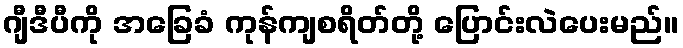
ဂျီဒီပီကို အခြေခံ ကုန်ကျစရိတ်တို့ ပြောင်းလဲပေးမည်။